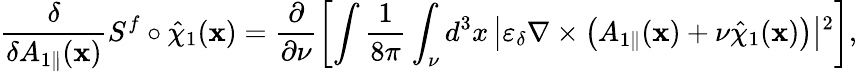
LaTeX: \frac{\delta}{\delta{A}_{1\parallel}(\textbf{x})}S^{f}\circ\hat{\chi}_{1}(\textbf{x})=\frac{\partial}{\partial\nu}\left[\intop\frac{1}{8\pi}\int_{\nu}d^{3}x\left|\varepsilon_{\delta}\nabla\times\left({A}_{1\parallel}(\textbf{x})+\nu\hat{\chi}_{1}(\textbf{x})\right)\right|{}^{2}\right],